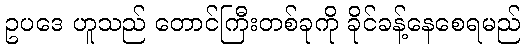
ဥပဒေ ဟူသည် တောင်ကြီးတစ်ခုကို ခိုင်ခန့်နေစေရမည်